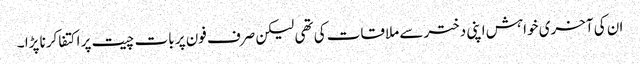
ان کی آخری خواہش اپنی دختر سے ملاقات کی تھی لیکن صرف فون پر بات چیت پر اکتفا کرنا پڑا ۔